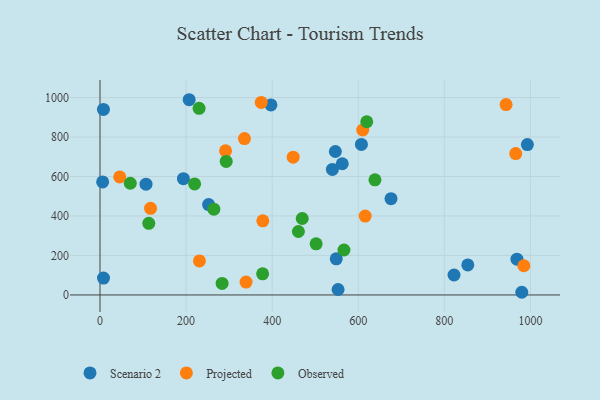
{"axis": {"x": "Price", "y": "Exam Score"}, "legend": ["Observed", "Projected", "Scenario 2"], "data": [{"x": "968.7", "y": 181.2, "type": "Scenario 2"}, {"x": "397.1", "y": 962.5, "type": "Scenario 2"}, {"x": "106.9", "y": 561.0, "type": "Scenario 2"}, {"x": "207.2", "y": 989.0, "type": "Scenario 2"}, {"x": "979.9", "y": 13.6, "type": "Scenario 2"}, {"x": "8.1", "y": 85.7, "type": "Scenario 2"}, {"x": "8.0", "y": 940.0, "type": "Scenario 2"}, {"x": "6.1", "y": 572.7, "type": "Scenario 2"}, {"x": "546.8", "y": 726.6, "type": "Scenario 2"}, {"x": "193.8", "y": 589.1, "type": "Scenario 2"}, {"x": "539.9", "y": 636.1, "type": "Scenario 2"}, {"x": "553.1", "y": 27.7, "type": "Scenario 2"}, {"x": "992.9", "y": 761.9, "type": "Scenario 2"}, {"x": "562.8", "y": 664.7, "type": "Scenario 2"}, {"x": "822.5", "y": 101.0, "type": "Scenario 2"}, {"x": "607.3", "y": 762.7, "type": "Scenario 2"}, {"x": "854.5", "y": 152.3, "type": "Scenario 2"}, {"x": "548.9", "y": 183.2, "type": "Scenario 2"}, {"x": "676.1", "y": 487.8, "type": "Scenario 2"}, {"x": "252.3", "y": 458.0, "type": "Scenario 2"}, {"x": "45.8", "y": 598.0, "type": "Projected"}, {"x": "610.4", "y": 835.7, "type": "Projected"}, {"x": "374.6", "y": 975.1, "type": "Projected"}, {"x": "965.9", "y": 716.2, "type": "Projected"}, {"x": "335.6", "y": 792.0, "type": "Projected"}, {"x": "616.1", "y": 399.6, "type": "Projected"}, {"x": "231.0", "y": 172.3, "type": "Projected"}, {"x": "291.7", "y": 730.1, "type": "Projected"}, {"x": "378.3", "y": 375.6, "type": "Projected"}, {"x": "984.7", "y": 147.9, "type": "Projected"}, {"x": "339.3", "y": 65.1, "type": "Projected"}, {"x": "448.8", "y": 698.1, "type": "Projected"}, {"x": "117.4", "y": 438.7, "type": "Projected"}, {"x": "943.4", "y": 964.5, "type": "Projected"}, {"x": "293.2", "y": 676.4, "type": "Observed"}, {"x": "219.8", "y": 562.4, "type": "Observed"}, {"x": "469.8", "y": 387.2, "type": "Observed"}, {"x": "230.2", "y": 945.4, "type": "Observed"}, {"x": "377.8", "y": 107.2, "type": "Observed"}, {"x": "638.8", "y": 583.1, "type": "Observed"}, {"x": "283.7", "y": 58.3, "type": "Observed"}, {"x": "70.4", "y": 565.8, "type": "Observed"}, {"x": "619.7", "y": 877.5, "type": "Observed"}, {"x": "113.3", "y": 362.8, "type": "Observed"}, {"x": "502.1", "y": 259.2, "type": "Observed"}, {"x": "264.5", "y": 434.4, "type": "Observed"}, {"x": "566.8", "y": 227.7, "type": "Observed"}, {"x": "460.9", "y": 321.4, "type": "Observed"}]}